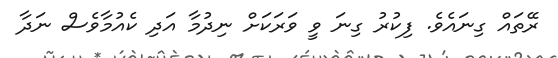
ރޭތައް ގިނައެވެ. ފިކުރު ގިނަ ވީ ވަރަކަށް ނިދުމާ އަދި ކެއުމާވެސް ނަދާ